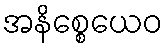
အနိစ္စေယေဝ